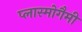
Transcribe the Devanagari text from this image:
प्लास्मोगैमी